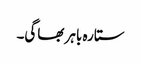
ستارہ باہر بھاگی۔